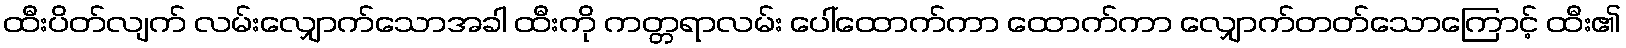
ထီးပိတ်လျက် လမ်းလျှောက်သောအခါ ထီးကို ကတ္တရာလမ်း ပေါ်ထောက်ကာ ထောက်ကာ လျှောက်တတ်သောကြောင့် ထီး၏